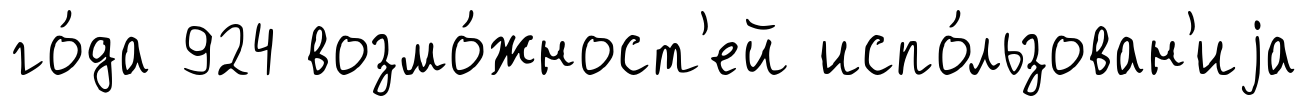
го́да 924 возмо́жност'ей испо́льзован'иjа